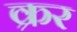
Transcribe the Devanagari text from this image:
क्रर